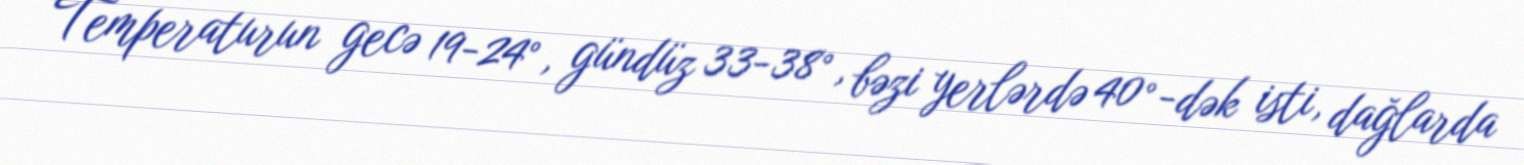
Temperaturun gecə 19-24°, gündüz 33-38°, bəzi yerlərdə 40°-dək isti, dağlarda